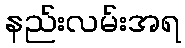
နည်းလမ်းအရ